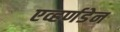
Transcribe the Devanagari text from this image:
एव्हर्णडेन